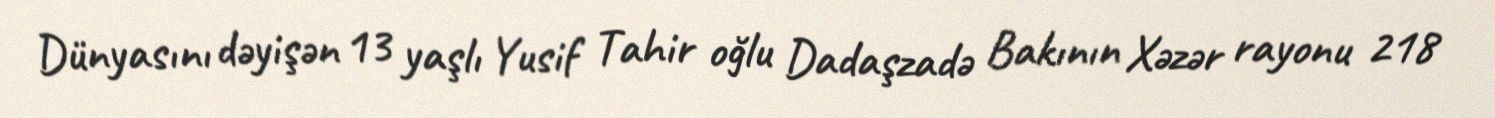
Dünyasını dəyişən 13 yaşlı Yusif Tahir oğlu Dadaşzadə Bakının Xəzər rayonu 218